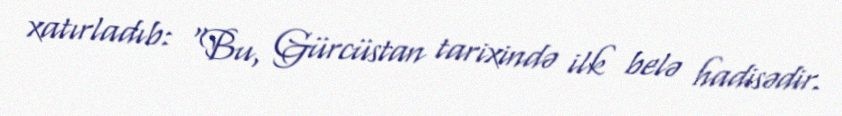
xatırladıb: “Bu, Gürcüstan tarixində ilk belə hadisədir.